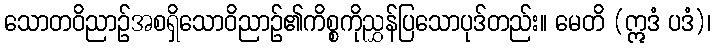
သောတဝိညာဉ်အစရှိသောဝိညာဉ်၏ကိစ္စကိုညွှန်ပြသောပုဒ်တည်း။ မေတိ (ဣဒံ ပဒံ)၊